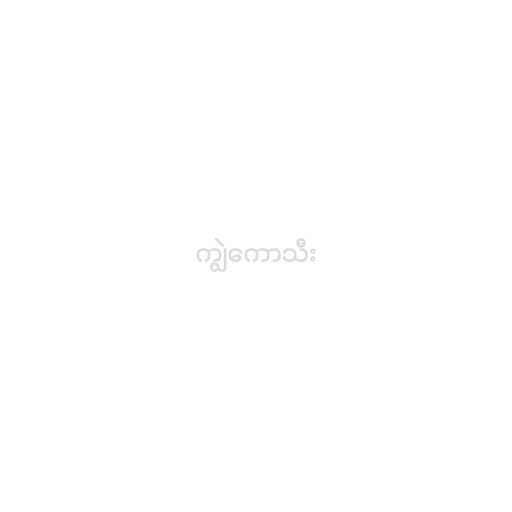
ကျွဲကောသီး